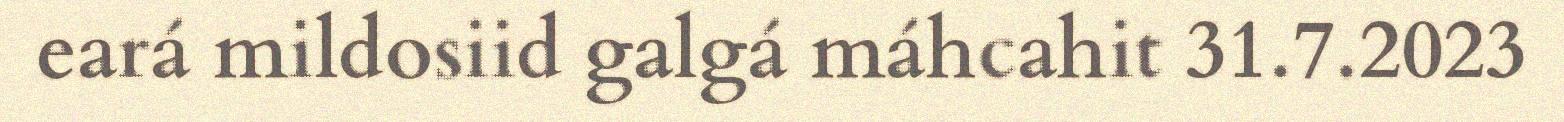
eará mildosiid galgá máhcahit 31.7.2023